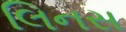
લિનસ